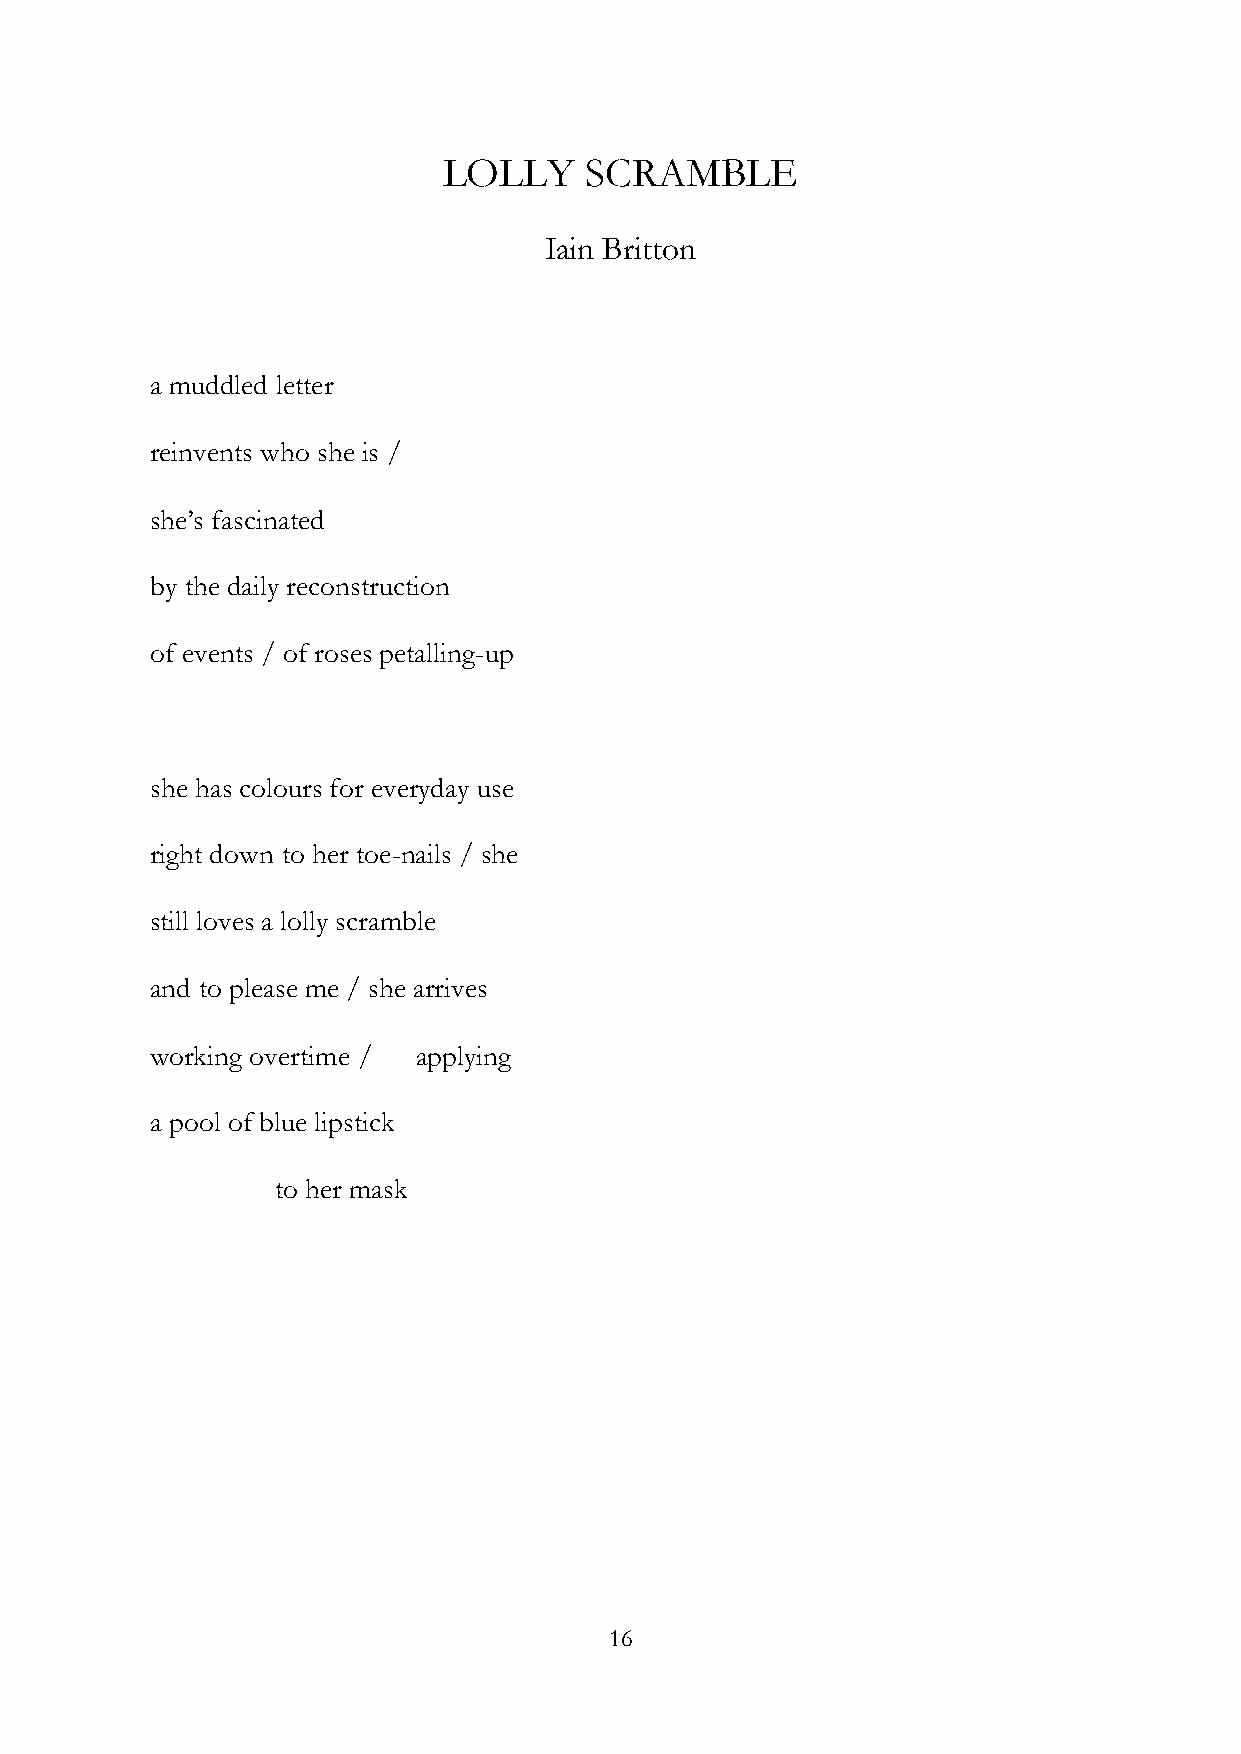
LOLLY     SCRAMBLE
 Iain Britton
 a muddled letter
 reinvents who she is /
 she’s fascinated
 by the daily reconstruction
 of events / of roses petalling-up
 she has colours for everyday use
 right down to her toe-nails / she
 still loves a lolly scramble
 and to please me / she arrives
 working overtime / applying
 a pool of blue lipstick
 to her mask
 16